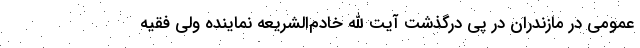
عمومی در مازندران در پی درگذشت آیت الله خادم‌الشریعه نماینده ولی فقیه